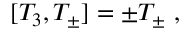
[ T _ { 3 } , T _ { \pm } ] = \pm T _ { \pm } \ ,